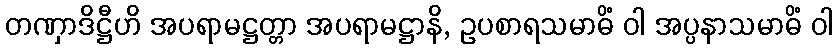
တဏှာဒိဋ္ဌီဟိ အပရာမဋ္ဌတ္တာ အပရာမဋ္ဌာနိ, ဥပစာရသမာဓိံ ဝါ အပ္ပနာသမာဓိံ ဝါ